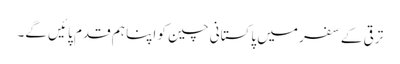
ترقی کے سفر میں پاکستانی چین کو اپنا ہم قدم پائیں گے۔